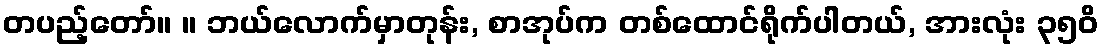
တပည့်တော်။ ။ ဘယ်လောက်မှာတုန်း, စာအုပ်က တစ်ထောင်ရိုက်ပါတယ်, အားလုံး ၃၅၀ိ